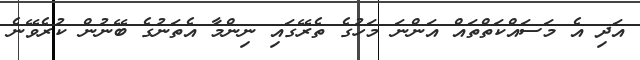
އަދި އެ މަސައްކަތްތައް އަންނަ މަހުގެ ތެރޭގައި ނިންމާ އެތަނުގެ ބޭނުން ކުރެވޭނެ